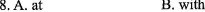
8.A. At B. with